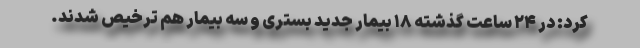
کرد: در ۲۴ ساعت گذشته ۱۸ بیمار جدید بستری و سه بیمار هم ترخیص شدند.